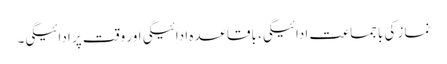
نماز کی باجماعت ادائیگی، باقاعدہ ادائیگی اور وقت پر ادائیگی۔